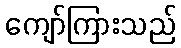
ကျော်ကြားသည်